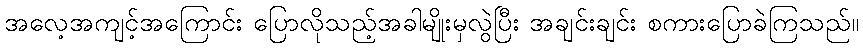
အလေ့အကျင့်အကြောင်း ပြောလိုသည့်အခါမျိုးမှလွဲပြီး အချင်းချင်း စကားပြောခဲကြသည်။